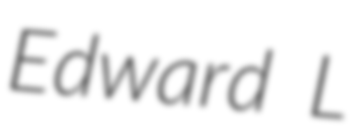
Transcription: Edward L